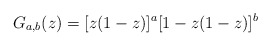
\begin{align*}G_{a,b}(z) = [z(1 - z)]^a[1 - z(1 - z)]^b\end{align*}